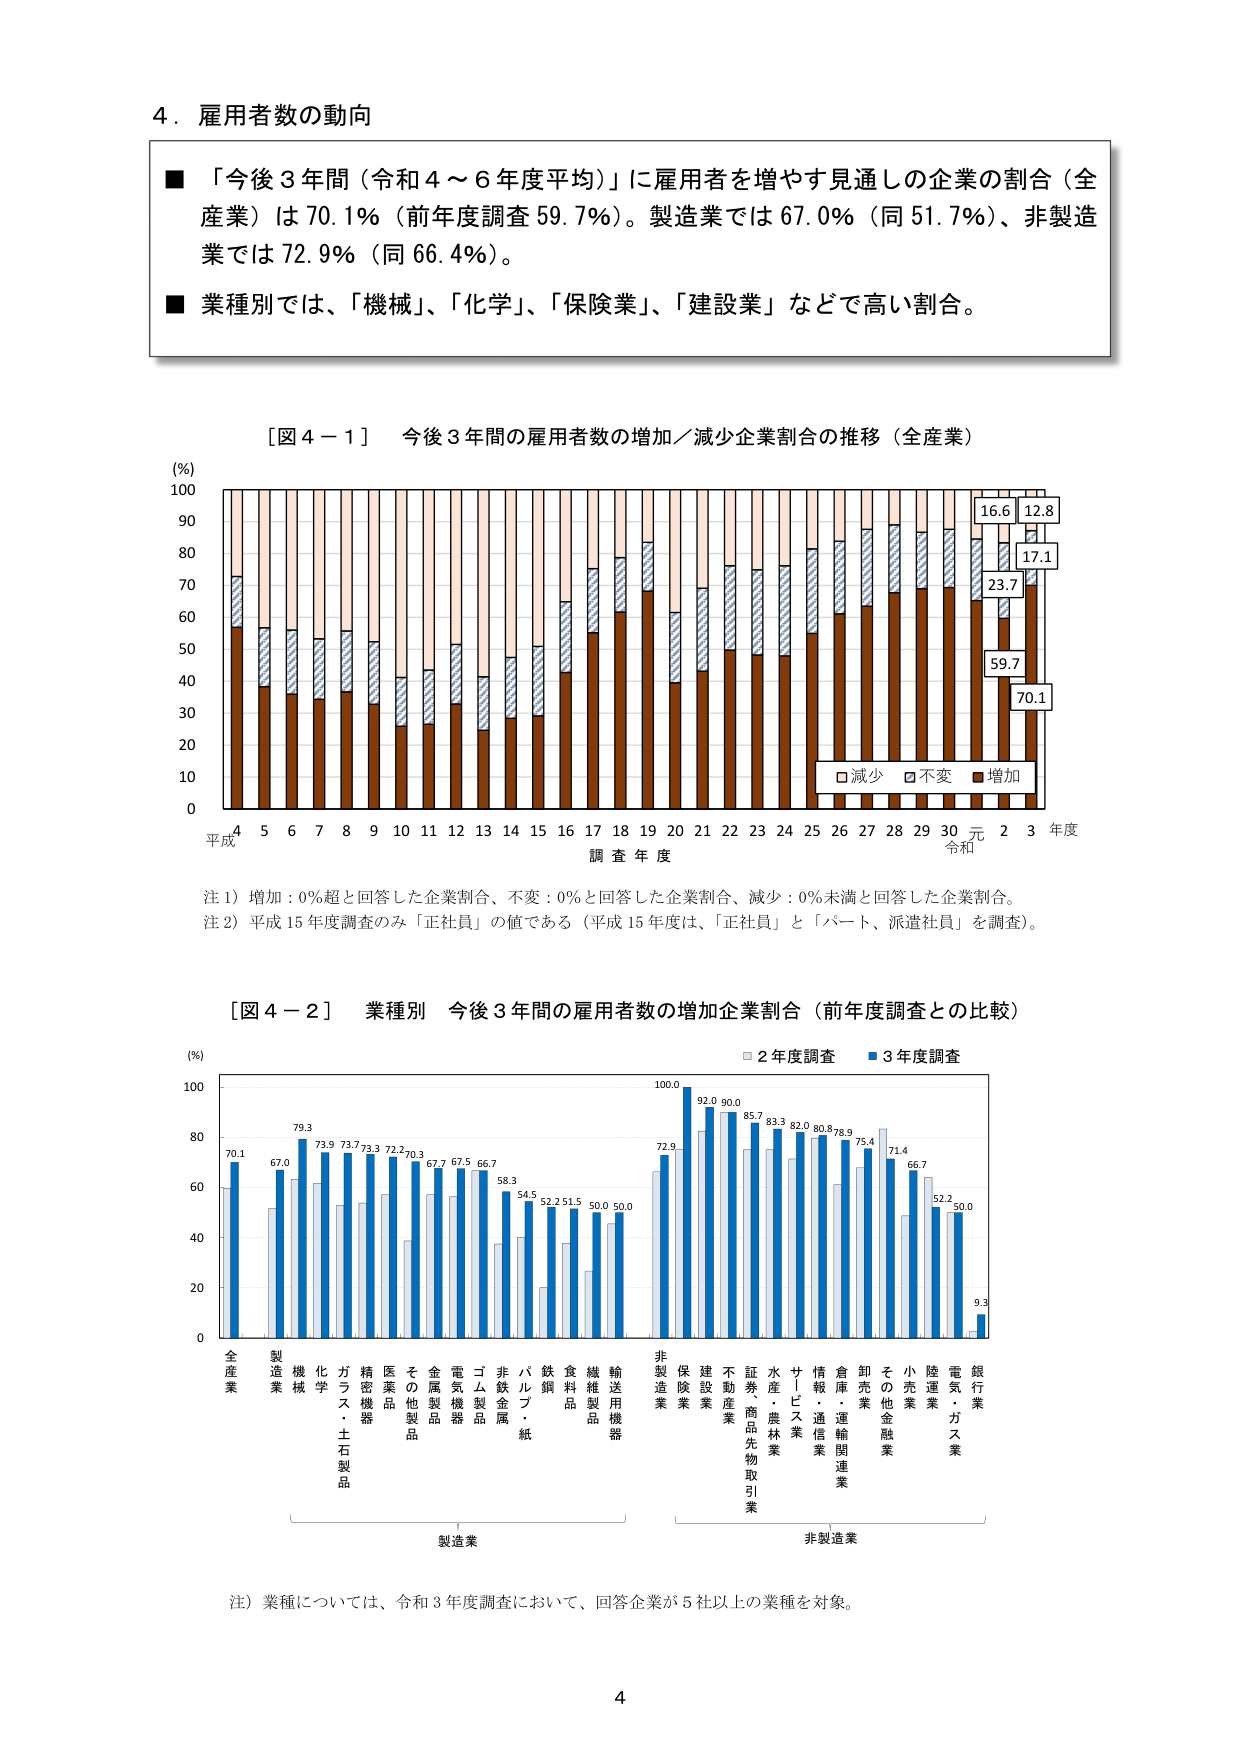
4．雇用者数の動向

■「今後3年間（令和4～6年度平均）」に雇用者を増やす見通しの企業の割合（全産業）は70.1％（前年度調査59.7％）。製造業では67.0％（同51.7％）、非製造業では72.9％（同66.4％）。

■業種別では、「機械」、「化学」、「保険業」、「建設業」などで高い割合。

［図4－1］ 今後3年間の雇用者数の増加／減少企業割合の推移（全産業）

(％)
100
90
80
70
60
50
40
30
20
10
0

平成 4 5 6 7 8 9 10 11 12 13 14 15 16 17 18 19 20 21 22 23 24 25 26 27 28 29 30 元 2 3 年度
調査年度
令和

□減少 □不変 ■増加

16.6
12.8
17.1
23.7
59.7
70.1

注1）増加：0％超と回答した企業割合、不変：0％と回答した企業割合、減少：0％未満と回答した企業割合。
注2）平成15年度調査のみ「正社員」の値である（平成15年度は、「正社員」と「パート、派遣社員」を調査）。

［図4－2］ 業種別 今後3年間の雇用者数の増加企業割合（前年度調査との比較）

(％)
100
80
60
40
20
0

全産業
製造業
機械
化学
ガラス・土石製品
精密機器
医薬品
その他の製品
金属製品
電気機器
ゴム製品
非鉄金属
パルプ・紙
鉄鋼
食料品
繊維製品
輸送用機器
非製造業
保険業
建設業
不動産業
証券・商品先物取引業
水産・農林業
サービス業
情報・通信業
倉庫・運輸関連業
卸売業
その他金融業
小売業
陸運業
電気・ガス業
銀行業

70.1
67.0
79.3
73.9
73.7
73.3
72.2
70.3
67.7
67.5
66.7
58.3
54.5
52.2
51.5
50.0
50.0
72.9
100.0
92.0
90.0
85.7
83.3
82.0
80.8
78.9
75.4
71.4
66.7
52.2
50.0
9.3

□2年度調査 ■3年度調査

製造業
非製造業

注）業種については、令和3年度調査において、回答企業が5社以上の業種を対象。

4